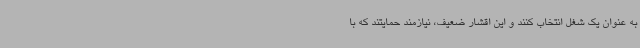
به عنوان یک شغل انتخاب کنند و این اقشار ضعیف، نیازمند حمایتند که با